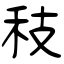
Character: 秓